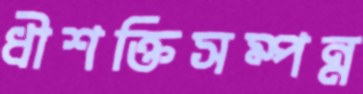
ধীশক্তিসম্পন্ন